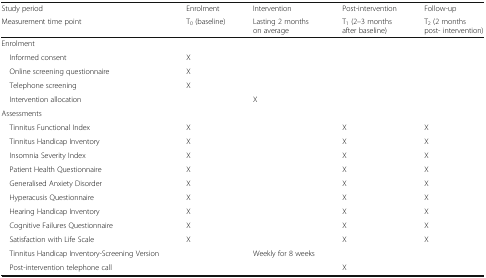
| Study period | Enrolment | Intervention | Post-intervention | Follow-up |
 | Measurement time point | T0 (baseline) | Lasting 2 months on average | T1 (2–3 months after baseline) | T2 (2 months post- intervention) |
 | --- | --- | --- | --- | --- |
 | <COLSPAN=5> Enrolment |
 | Informed consent | X |  |  |  |
 | Online screening questionnaire | X |  |  |  |
 | Telephone screening | X |  |  |  |
 | Intervention allocation |  | X |  |  |
 | <COLSPAN=5> Assessments |
 | Tinnitus Functional Index | X |  | X | X |
 | Tinnitus Handicap Inventory | X |  | X | X |
 | Insomnia Severity Index | X |  | X | X |
 | Patient Health Questionnaire | X |  | X | X |
 | Generalised Anxiety Disorder | X |  | X | X |
 | Hyperacusis Questionnaire | X |  | X | X |
 | Hearing Handicap Inventory | X |  | X | X |
 | Cognitive Failures Questionnaire | X |  | X | X |
 | Satisfaction with Life Scale | X |  | X | X |
 | Tinnitus Handicap Inventory-Screening Version |  | Weekly for 8 weeks |  |  |
 | Post-intervention telephone call |  |  | X |  |